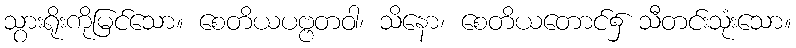
သွားရိုးကိုမြင်သော။ စေတိယပဗ္ဗတဝါ၊ သိနော၊ စေတိယတောင်၌ သီတင်းသုံးသော။